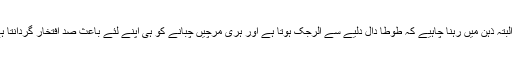
یہ البتہ ذہن میں رہنا چاہیے کہ طوطا دال دلیے سے الرجک ہوتا ہے اور ہری مرچیں چبانے کو ہی اپنے لئے باعث صد افتخار گردانتا ہے۔